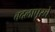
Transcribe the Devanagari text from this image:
बदलापूरचे